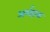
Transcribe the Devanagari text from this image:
अर्शहाक